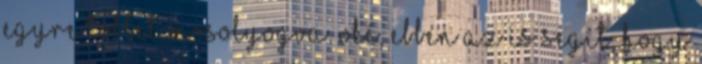
egyre többet mosolyogva. Oké, ebben az is segít, hogy